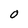
Character: O